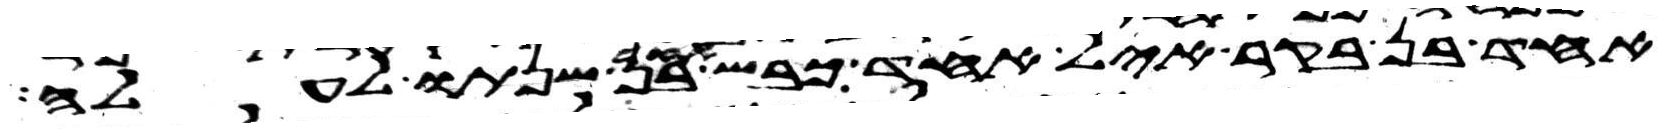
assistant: אחד בן בקר איל אחד כבש אחד בן שנתו לעלה